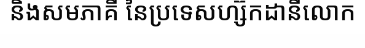
និងសមភាគី នៃប្រទេសហ្ស៊កដានីលោក